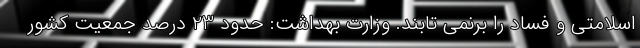
اسلامتی و فساد را برنمی تابند. وزارت بهداشت: حدود 23 درصد جمعیت کشور